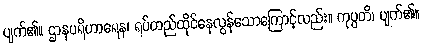
ပျက်၏။ ဌာနပရိဟာရေန၊ ရပ်တည်ထိုင်နေလွန်သောကြောင့်လည်း။ ကုပ္ပတိ၊ ပျက်၏။